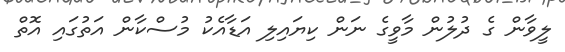
ލީވާން ގެ ދުލުން މާވީގެ ނަން ކިޔައިލި އަޑާއެކު މުސްކާން އަތުގައި އޮތް